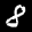
Label: 8